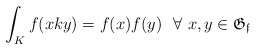
\begin{align*}\int_Kf(xky) = f(x)f(y)~~\forall~ x,y\in \mathfrak{G_f}\end{align*}